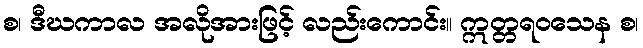
စ၊ ဒီဃကာလ အလိုအားဖြင့် လည်းကောင်း။ ဣတ္တရဝသေန စ၊